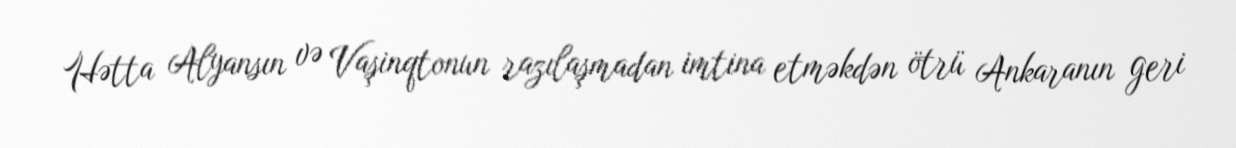
Hətta Alyansın və Vaşinqtonun razılaşmadan imtina etməkdən ötrü Ankaranın geri